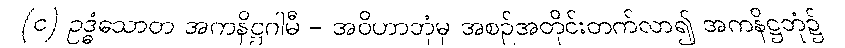
(င) ဥဒ္ဓံသောတ အကနိဋ္ဌဂါမီ - အဝိဟာဘုံမှ အစဉ်အတိုင်းတက်လာ၍ အကနိဋ္ဌဘုံ၌